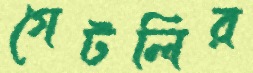
গেটলির